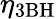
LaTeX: \eta_{3\textrm{BH}}